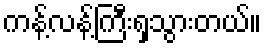
ကန့်လန့်ကြီးရှသွားတယ်။